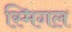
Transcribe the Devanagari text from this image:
स्मिगल